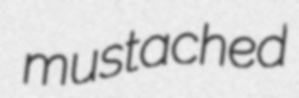
mustached